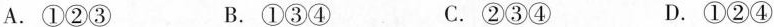
A.①②③ B.①③④ C.②③④ D.①②④